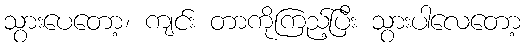
သွားပေတော့၊ ကျင်း တာကိုကြည့်ပြီး သွားပါလေတော့